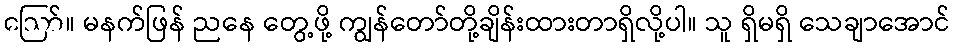
ဪ။ မနက်ဖြန် ညနေ တွေ့ဖို့ ကျွန်တော်တို့ချိန်းထားတာရှိလို့ပါ။ သူ ရှိမရှိ သေချာအောင်